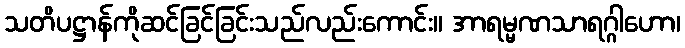
သတိပဋ္ဌာန်ကိုဆင်ခြင်ခြင်းသည်လည်းကောင်း။ အာရမ္မဏသာရဂ္ဂါဟော၊